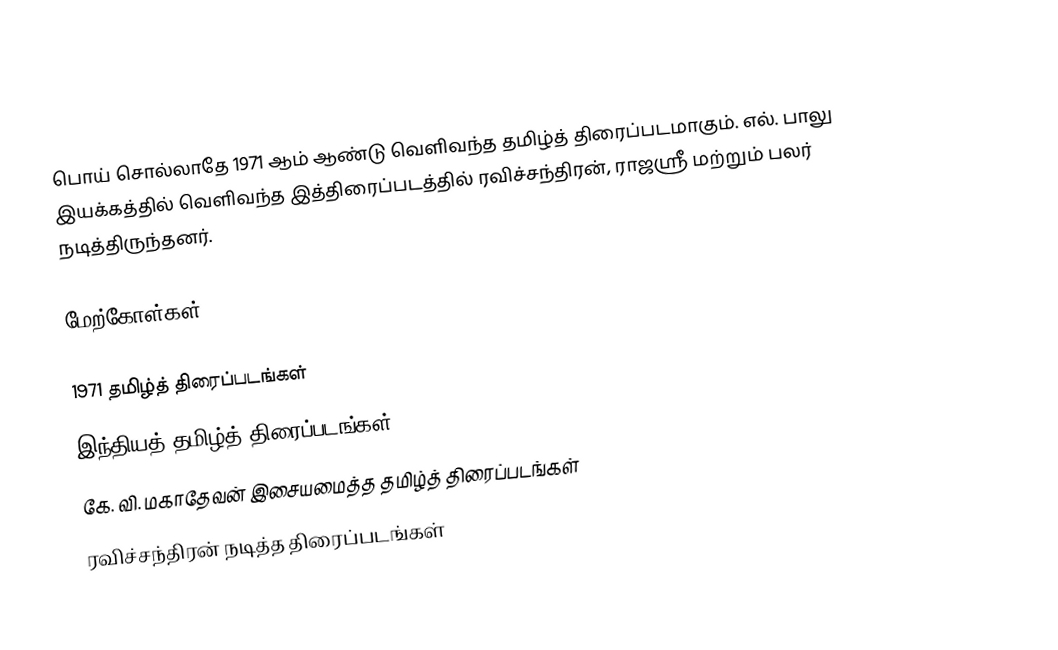
பொய் சொல்லாதே 1971 ஆம் ஆண்டு வெளிவந்த தமிழ்த் திரைப்படமாகும். எல். பாலு இயக்கத்தில் வெளிவந்த இத்திரைப்படத்தில் ரவிச்சந்திரன், ராஜஸ்ரீ மற்றும் பலர் நடித்திருந்தனர்.

மேற்கோள்கள்

1971 தமிழ்த் திரைப்படங்கள்
இந்தியத் தமிழ்த் திரைப்படங்கள்
கே. வி. மகாதேவன் இசையமைத்த தமிழ்த் திரைப்படங்கள்
ரவிச்சந்திரன் நடித்த திரைப்படங்கள்